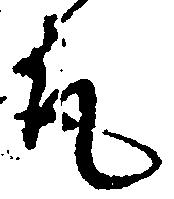
取